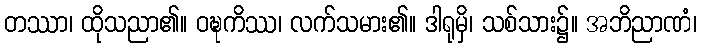
တဿာ၊ ထိုသညာ၏။ ဝဍ္ဎကိဿ၊ လက်သမား၏။ ဒါရုမှိ၊ သစ်သား၌။ အဘိညာဏံ၊